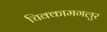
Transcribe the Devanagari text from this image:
चिक्कामगलुर